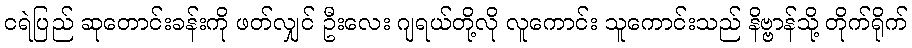
ငရဲပြည် ဆုတောင်းခန်းကို ဖတ်လျှင် ဦးလေး ဂျရယ်တို့လို လူကောင်း သူကောင်းသည် နိဗ္ဗာန်သို့ တိုက်ရိုက်